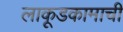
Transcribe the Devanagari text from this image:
लाकूडकामाची